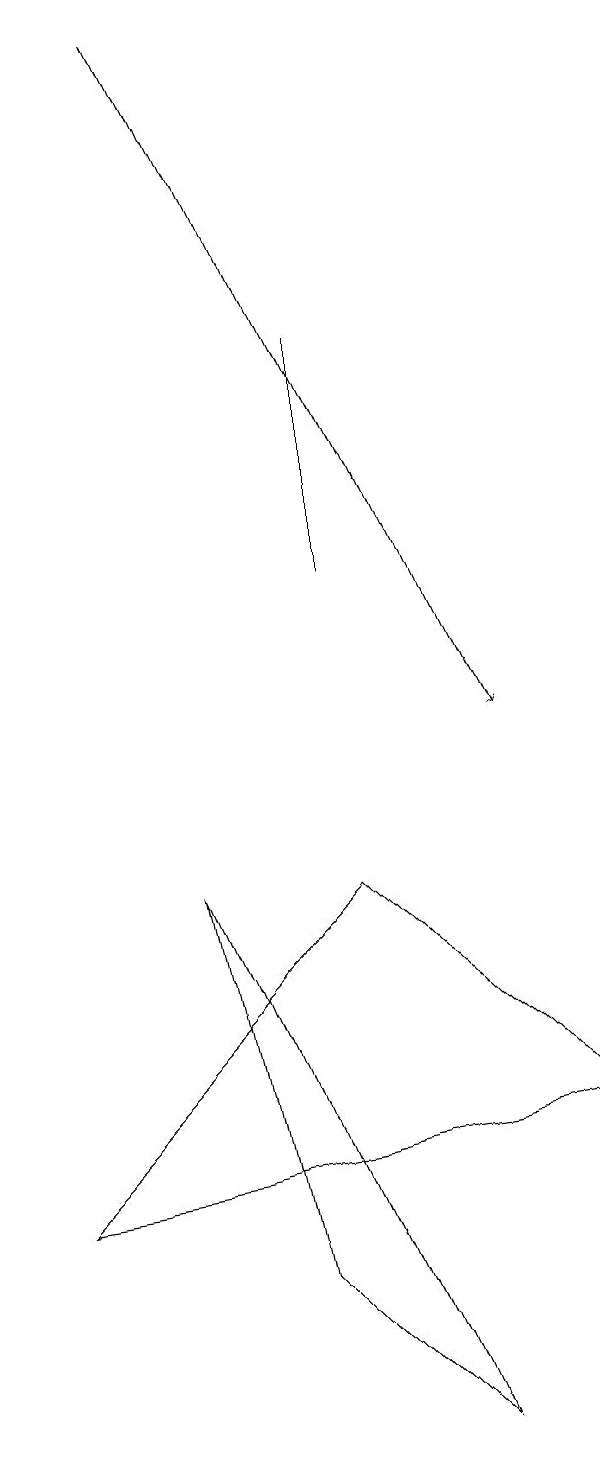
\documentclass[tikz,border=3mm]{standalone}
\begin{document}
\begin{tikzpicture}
\draw (4,12) rectangle (4,15);
\draw (3,3) -- (2,8) -- (5,1) -- cycle;
\draw[->] (2,19) -- (6,10);
\draw (0,4) -- (4,8) -- (7,5) -- cycle;
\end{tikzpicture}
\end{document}